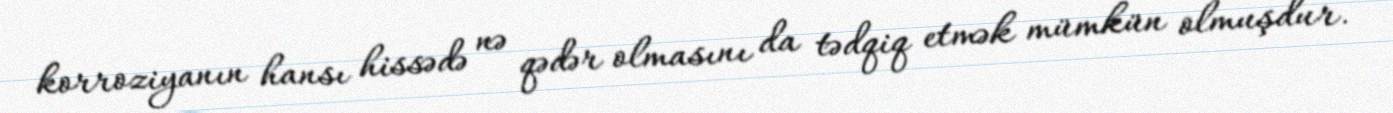
korroziyanın hansı hissədə nə qədər olmasını da tədqiq etmək mümkün olmuşdur.